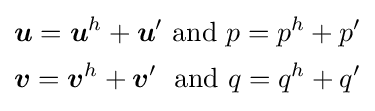
{\begin{aligned}&{\boldsymbol {u}}={\boldsymbol {u}}^{h}+{\boldsymbol {u}}'{\text{ and }}p=p^{h}+p'\\&{\boldsymbol {v}}={\boldsymbol {v}}^{h}+{\boldsymbol {v}}'\;{\text{ and }}q=q^{h}+q'\end{aligned}}